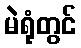
မဲရုံတွင်